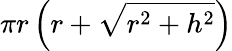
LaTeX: \pi r\left(r+{\sqrt{r^{2}+h^{2}}}\right)